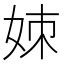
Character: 𪥱